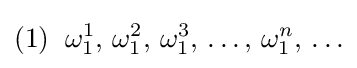
(1)\;\;\omega _{1}^{1},\,\omega _{1}^{2},\,\omega _{1}^{3},\,\ldots ,\,\omega _{1}^{n},\,\ldots